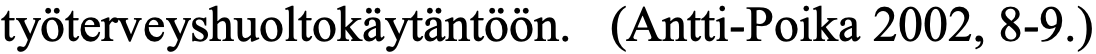
työterveyshuoltokäytäntöön. (Antti-Poika 2002, 8-9.)